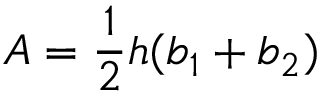
A = { \frac { 1 } { 2 } } h ( b _ { 1 } + b _ { 2 } )